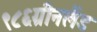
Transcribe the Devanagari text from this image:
९८६ग्रीनलैंड